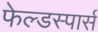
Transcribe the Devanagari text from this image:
फेल्डस्पार्स